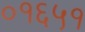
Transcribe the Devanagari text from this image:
०१६५१